Civil Veterinary Dept. Bombay admin report 1907-1913 - 1907-1913
Year: 1907
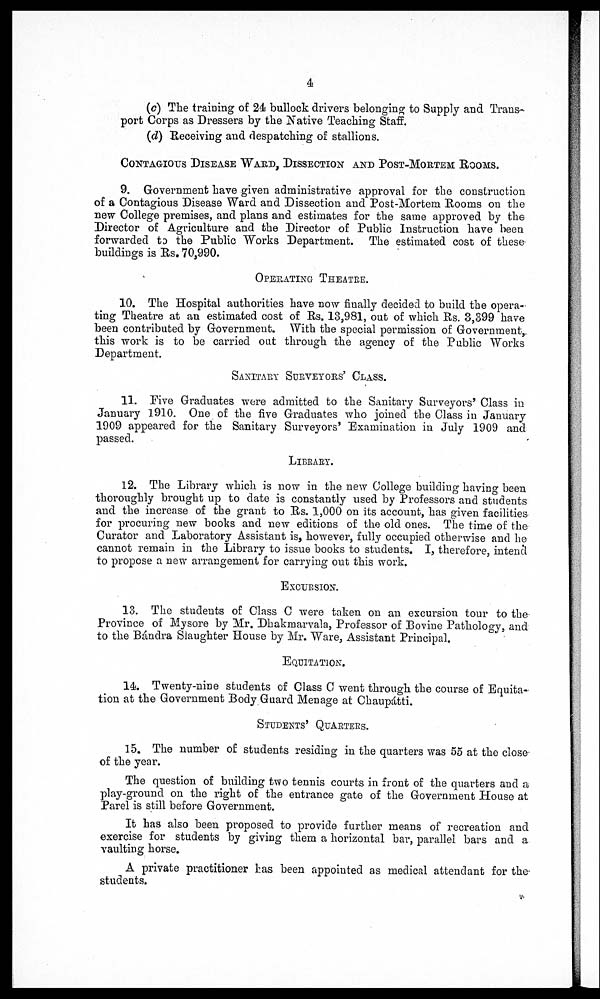
4
(c) The training of 24 bullock drivers belonging to Supply and Trans-
port Corps as Dressers by the Native Teaching Staff.
(d) Receiving and despatching of stallions.
CONTAGIOUS DISEASE WAUD, DISSECTION AND POST-MORTEM ROOMS.
9. Government have given administrative approval for the construction
of a Contagious Disease Ward and Dissection and Post-Mortem Rooms on the
new College premises, and plans and estimates for the same approved by the
Director of Agriculture and the Director of Public Instruction have been
forwarded to the Public Works Department. The estimated cost of these
buildings is Rs. 70,990.
OPERATING THEATRE.
10. The Hospital authorities have now finally decided to build the opera-
ting Theatre at an estimated cost of Rs. 18,981, out of which Rs. 3,399 have
been contributed by Government. With the special permission of Government,
this work is to be carried out through the agency of the Public Works
Department.
SANITARY SURVEYORS' CLASS.
11. Five Graduates were admitted to the Sanitary Surveyors' Class in
January 1910. One of the five Graduates who joined the Class in January
1909 appeared for the Sanitary Surveyors' Examination in July 1909 and
passed.
LIBRARY.
12. The Library which is now in the new College building having been
thoroughly brought up to date is constantly used by Professors and students
and the increase of the grant to Rs. 1,000 on its account, has given facilities
for procuring new books and new editions of the old ones. The time of the
Curator and Laboratory Assistant is, however, fully occupied otherwise and he
cannot remain in the Library to issue books to students. I, therefore, intend
to propose a new arrangement for carrying out this work.
EXCURSION.
13. The students of Class C were taken on an excursion tour to the
Province of Mysore by Mr. Dhakmarvala, Professor of Bovine Pathology, and
to the Bándra Slaughter House by Mr. Ware, Assistant Principal.
EQUITATION.
14. Twenty-nine students of Class C went through the course of Equita-
tion at the Government Body Guard Menage at Chaupátti.
STUDENTS' QUARTERS.
15. The number of students residing in the quarters was 55 at the close
of the year.
The question of building two tennis courts in front of the quarters and a
play-ground on the right of the entrance gate of the Government House at
Parel is still before Government.
It has also been proposed to provide further means of recreation and
exercise for students by giving them a horizontal bar, parallel bars and a
vaulting horse.
A private practitioner has been appointed as medical attendant for the
students.